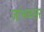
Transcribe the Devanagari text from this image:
जांभळसर